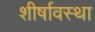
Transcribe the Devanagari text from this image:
शीर्षावस्था